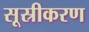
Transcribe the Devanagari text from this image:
सूस्रीकरण